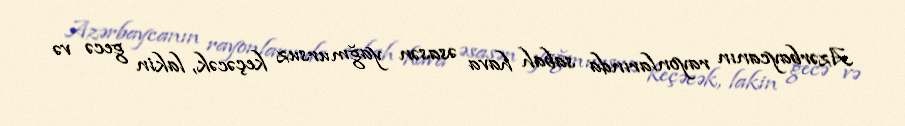
Azərbaycanın rayonlarında sabah hava əsasən yağmursuz keçəcək, lakin gecə və